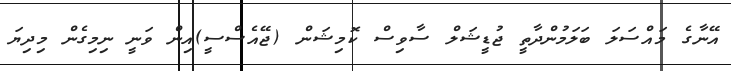
އޭނާގެ މައްސަލަ ބަލަމުންދާތީ ޖުޑީޝަލް ސާވިސް ކޮމިޝަން (ޖޭއެސްސީ)އިން ވަނީ ނިމިގެން މިދިޔަ